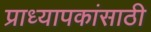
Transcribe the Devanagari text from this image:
प्राध्यापकांसाठी